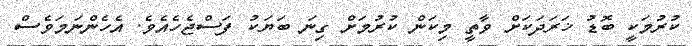
ކުރުމަކީ ބޮޑު ޚަރަދަކަށް ވާތީ މިކަން ކުރުމަށް ގިނަ ބަޔަކު ފަސްޖެހެއެވެ. އެހެންނަމަވެސް